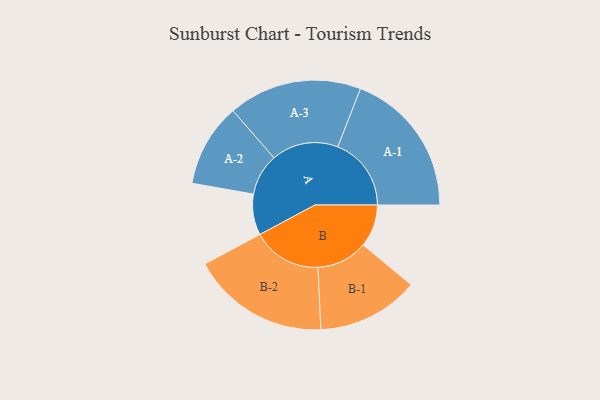
{"axis": {"x": "Segment", "y": "Value"}, "legend": ["", "A", "B"], "data": [{"x": "A", "y": 158, "type": ""}, {"x": "B", "y": 164, "type": ""}, {"x": "A-1", "y": 284, "type": "A"}, {"x": "A-2", "y": 161, "type": "A"}, {"x": "A-3", "y": 258, "type": "A"}, {"x": "B-1", "y": 197, "type": "B"}, {"x": "B-2", "y": 267, "type": "B"}]}